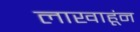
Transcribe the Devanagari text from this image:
लाखाहूंन